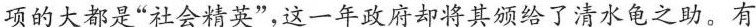
项的大都是“社会精英”，这一年政府却将其颁给了清水龟之助。有